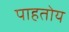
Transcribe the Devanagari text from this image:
पाहतोय